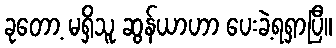
ခုတော့ မရှိသူ ဆွန်ယာဟာ ပေးခဲ့ရရှာပြီ။